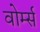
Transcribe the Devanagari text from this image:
वोर्म्स